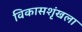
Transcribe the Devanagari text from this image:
विकासशृंखला